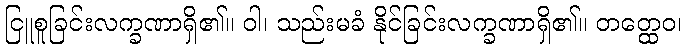
ငြူစူခြင်းလက္ခဏာရှိ၏။ ဝါ၊ သည်းမခံ နိုင်ခြင်းလက္ခဏာရှိ၏။ တတ္ထေဝ၊